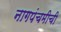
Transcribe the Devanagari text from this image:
नागपंचमीची